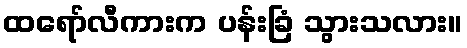
ထရော်လီကားက ပန်းခြံ သွားသလား။